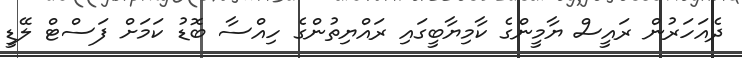
ދެއަހަރުން ރައީސް ޔާމީންގެ ކާމިޔާބީގައި ރައްޔިތުންގެ ހިއްސާ ބޮޑު ކަމަށް ފަސްޓް ލޭޑީ